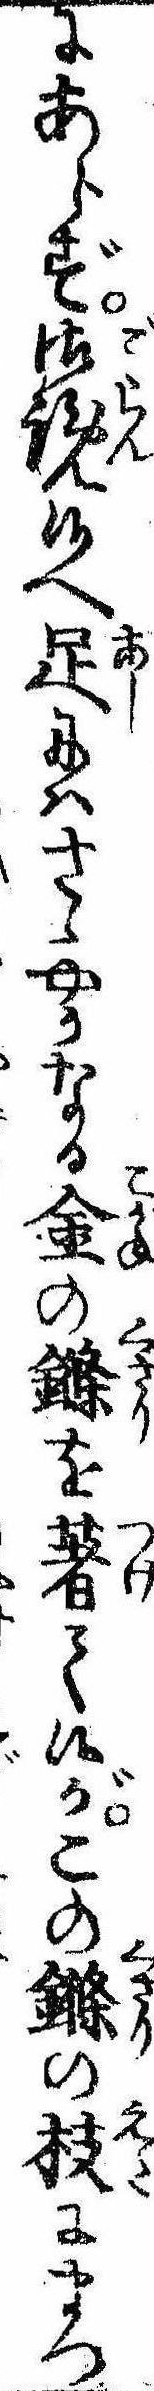
にあらず御覧候へ足にはさゝやかなる金のを著て候がこのの枝にまつ